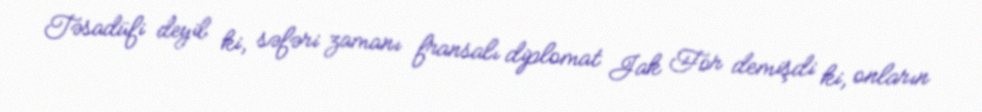
Təsadüfi deyil ki, səfəri zamanı fransalı diplomat Jak For demişdi ki, onların